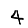
Digit: 4